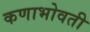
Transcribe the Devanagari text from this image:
कणाभोवती